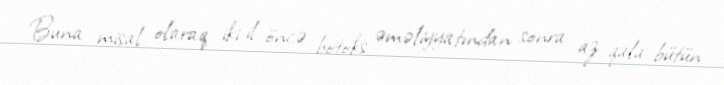
Buna misal olaraq iki il öncə botoks əməliyyatından sonra az qala bütün